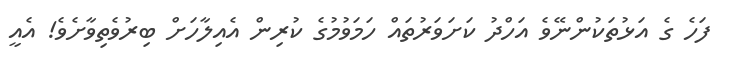
ފަހެ ގެ އަޅުތަކުންނޭވެ އަހްދު ކަށަވަރުތައް ހަމަވުމުގެ ކުރިން އެއިލާހަށް ބިރުވެތިވާށެވެ! އެއީ